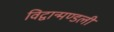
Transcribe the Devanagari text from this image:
विद्वान्मण्डली